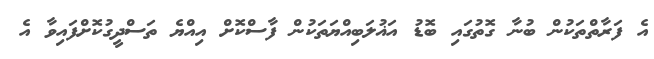
އެ ފަރާތްތަކުން ބުނާ ގޮތުގައި ބޮޑު އަޣުލަބިއްޔަތަކުން ފާސްކޮށް އިއްޔެ ތަސްދީގުކޮށްފައިވާ އެ